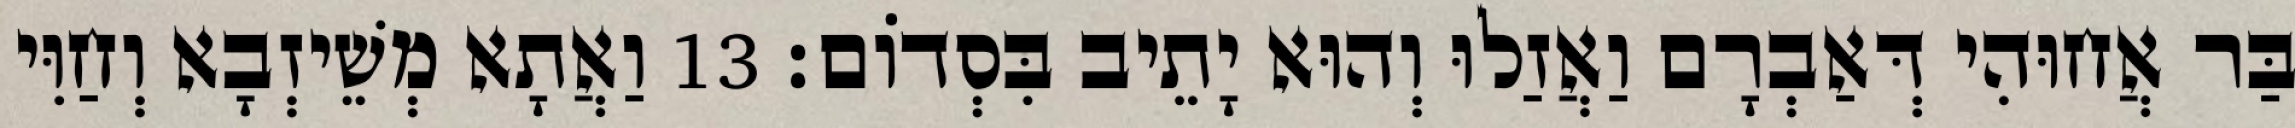
בַּר אֲחוּהִי דְּאַבְרָם וַאֲזַלוּ וְהוּא יָתֵיב בִּסְדוֹם׃ 13 וַאֲתָא מְשֵׁיזְבָא וְחַוִּי